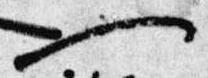
一